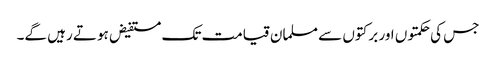
جس کی حکمتوں اور برکتوں سے مسلمان قیامت تک مستفیض ہوتے رہیں گے۔